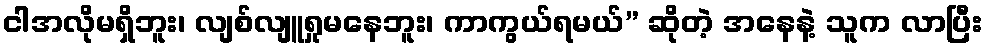
ငါအလိုမရှိဘူး၊ လျစ်လျူရှုမနေဘူး၊ ကာကွယ်ရမယ်” ဆိုတဲ့ အနေနဲ့ သူက လာပြီး